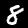
Digit: 8